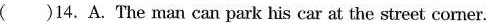
( )14.A. The man can park his car at the street corner.